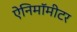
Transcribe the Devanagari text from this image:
ऐनिमॉमीटर